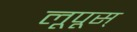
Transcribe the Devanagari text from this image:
लूपूस्